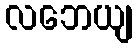
လဘေယျ